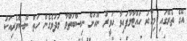
އޭގެ ތެރޭގައި މިހާރު ހުއްޓާލާފައިވާ ހަވީރު ނޫހަށް ނިސްބަތްވާ މަދުވެގެން ހަތް ނޫސްވެރިއަކު